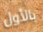
بالأول